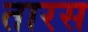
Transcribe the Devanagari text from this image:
तारस